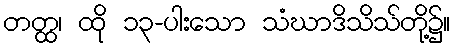
တတ္ထ၊ ထို ၁၃-ပါးသော သံဃာဒိသိသ်တို့၌။